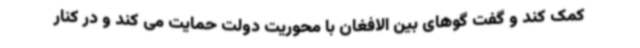
کمک کند و گفت گوهای بین الافغان با محوریت دولت حمایت می کند و در کنار